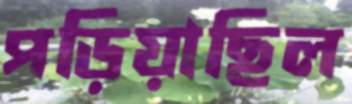
পড়িয়াছিল